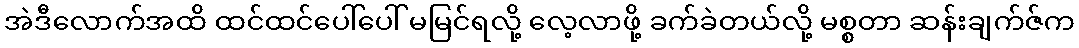
အဲဒီလောက်အထိ ထင်ထင်ပေါ်ပေါ် မမြင်ရလို့ လေ့လာဖို့ ခက်ခဲတယ်လို့ မစ္စတာ ဆန်းချက်ဇ်က